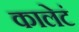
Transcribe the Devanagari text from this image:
कालेटं